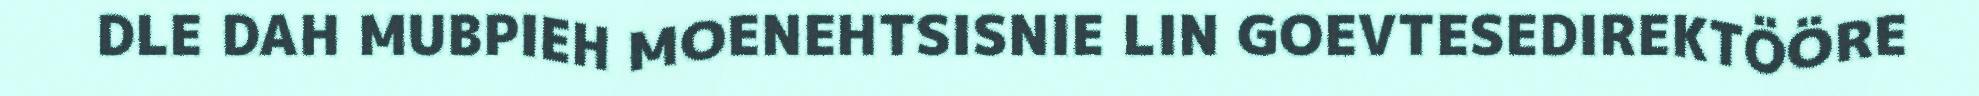
DLE DAH MUBPIEH MOENEHTSISNIE LIN GOEVTESEDIREKTÖÖRE